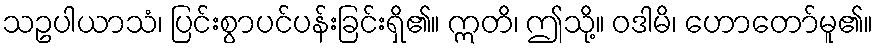
သဥပါယာသံ၊ ပြင်းစွာပင်ပန်းခြင်းရှိ၏။ ဣတိ၊ ဤသို့။ ဝဒါမိ၊ ဟောတော်မူ၏။